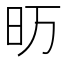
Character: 𮲚